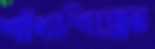
শাঁখাশিল্পের